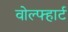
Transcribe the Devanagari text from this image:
वोल्फ्हार्ट